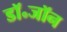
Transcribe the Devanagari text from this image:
डॉ॰जॉन